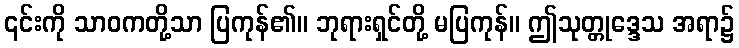
၎င်းကို သာဝကတို့သာ ပြကုန်၏။ ဘုရားရှင်တို့ မပြကုန်။ ဤသုတ္တုဒ္ဒေသ အရာ၌